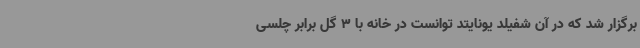
برگزار شد که در آن شفیلد یونایتد توانست در خانه با 3 گل برابر چلسی